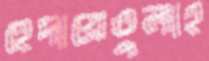
হেদায়েতুলাহ